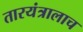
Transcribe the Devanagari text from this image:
तारयंत्रालाच